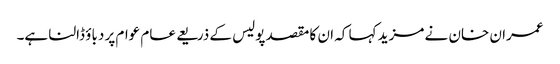
عمران خان نے مزید کہا کہ ان کا مقصد پولیس کے ذریعے عام عوام پر دباؤ ڈالنا ہے۔